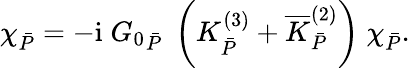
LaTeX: \chi_{\bar{P}}=-\textrm{i}\; {G_{0}}_{\bar{P}}\; \left(K_{\bar{P}}^{(3)}+\overline{{K}}_{\bar{P}}^{(2)}\right)\; \chi_{\bar{P}}.